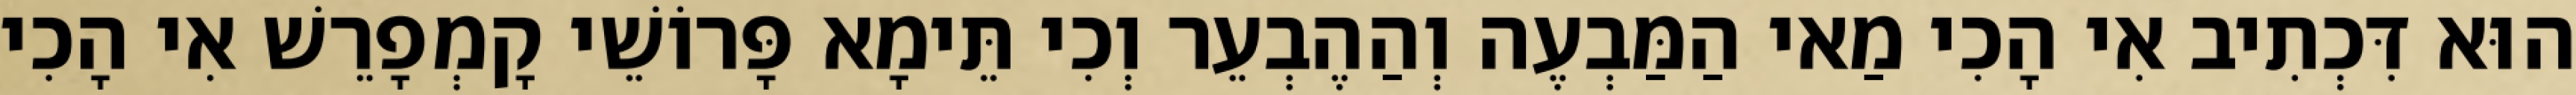
הוּא דִּכְתִיב אִי הָכִי מַאי הַמַּבְעֶה וְהַהֶבְעֵר וְכִי תֵּימָא פָּרוֹשֵׁי קָמְפָרֵשׁ אִי הָכִי